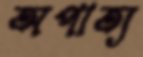
অপাত্য